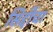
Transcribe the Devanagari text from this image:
सिद्दींचा